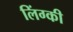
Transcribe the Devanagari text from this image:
लिंग्‍की